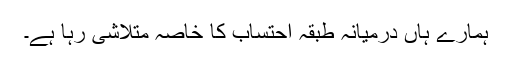
ہمارے ہاں درمیانہ طبقہ احتساب کا خاصہ متلاشی رہا ہے۔